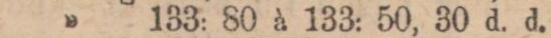
” 133: 80 à 133: 50, 30 d. d.